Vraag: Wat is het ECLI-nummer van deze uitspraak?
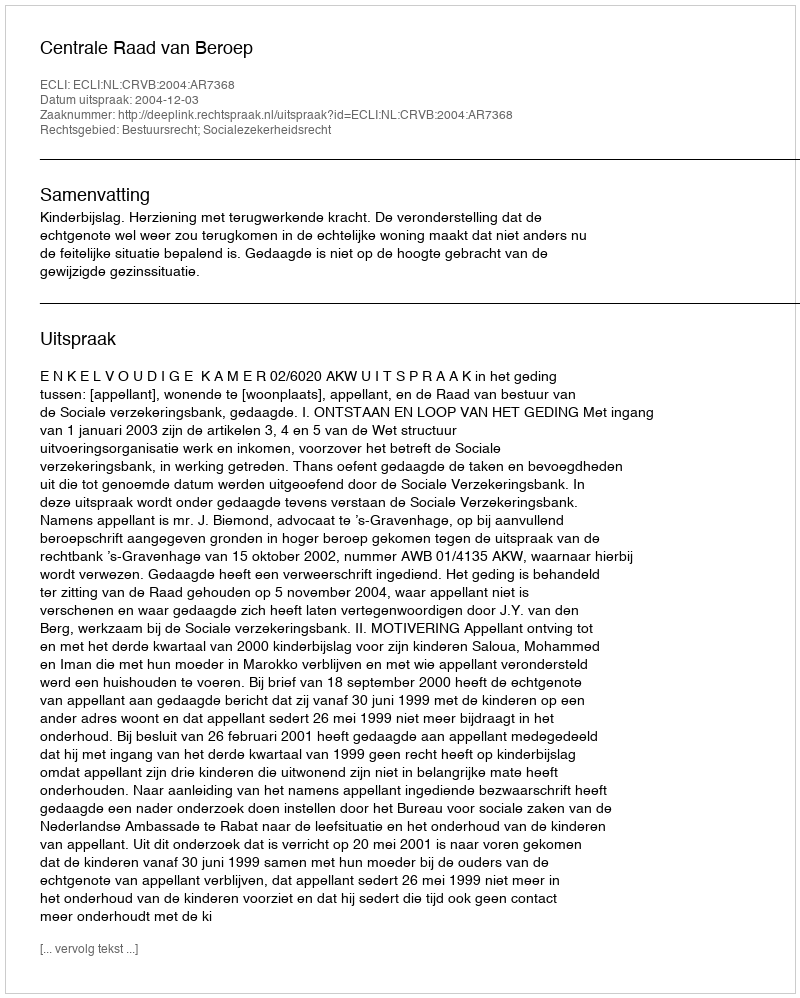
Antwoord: ECLI:NL:CRVB:2004:AR7368